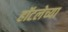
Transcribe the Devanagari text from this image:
हॉटलेच्या